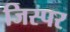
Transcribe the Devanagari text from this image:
जिस्पर